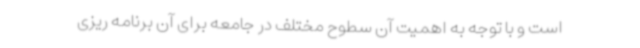
است و با توجه به اهمیت آن سطوح مختلف در جامعه برای آن برنامه ریزی